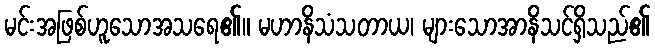
မင်းအဖြစ်ဟူသောအသရေ၏။ မဟာနိသံသတာယ၊ များသောအာနိသင်ရှိသည်၏